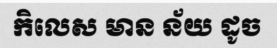
កិលេស មាន ន័យ ដូច